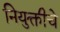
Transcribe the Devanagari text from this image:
नियुक्तीचे